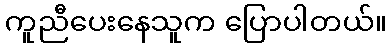
ကူညီပေးနေသူက ပြောပါတယ်။